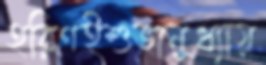
হরিণইশুভানুধ্যায়